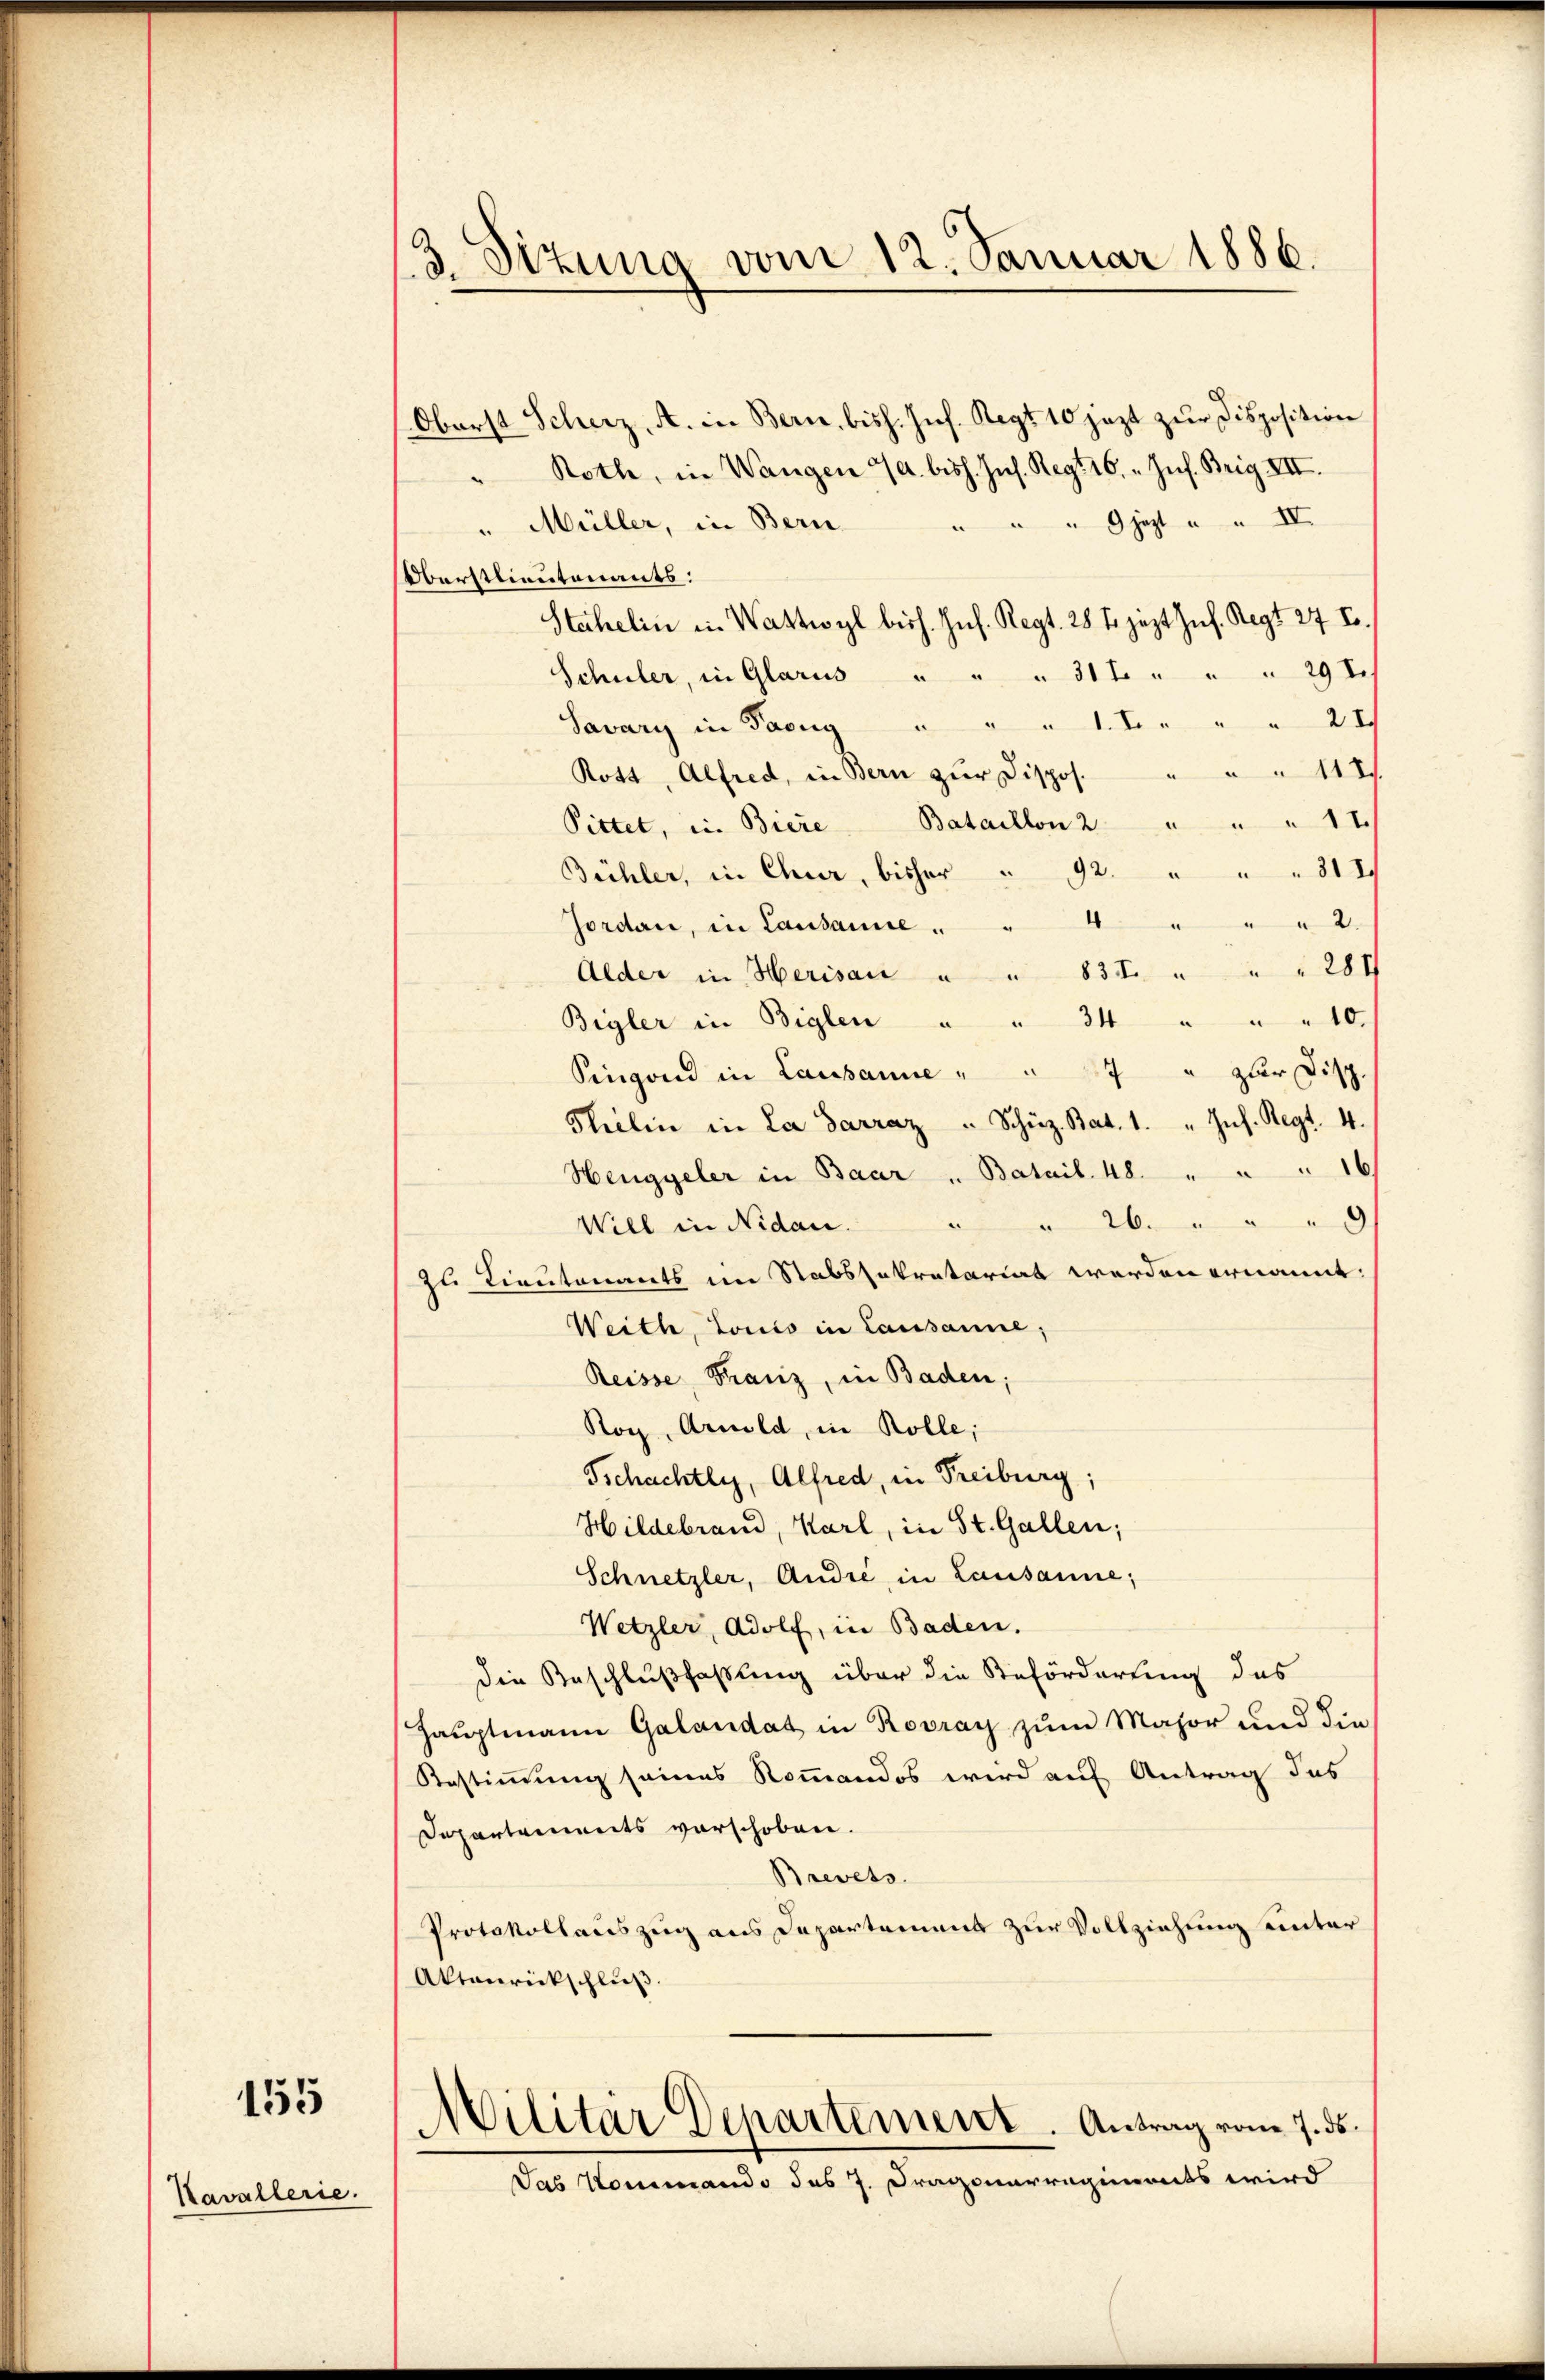
155

Kavallerie.

3. Sizung vom 12. Januar 1886.

(Oberst Scherz, A. in Bern, bish. Inf. Regt 10 jezt zur Disposition
" Rothe, in Wangen 4. biss. Ins. Regt 16. „Inf. Brig VII.
" Müller, in Bern " " " 9 jezt " " IV.
Oberstlieutenants:
Stahelin in Wattwyl bish. Ins. Regt. 28 t jezt Jul. Regt 27 t.
Schuler, in Glarus " " " 314 " " " 29 Sch
Savary in Pacug " " " 1. I. " " " 21
Rott, Alfred, in Bern zŭr Dispos. " " " 111.
Pittet, in Biere Bataillon 2 " " " 11.
Bühler, in Chur, bisher " 92. " " " 312
Jordan, in Lausanice " " 4 " " " 2
Alder in Herisau " " 83 I. " " " 281
Bigler in Beglen " " 34 " " " 10.
Singend in Lausanne " " 7 " zur Disp.
Thelin in La Sarraz " Schüz Rat. 1. " Jnf. Regt. 4.
Henggeler in Baar " Batail. 48. " " " 16
d
" 26. " " " 9
Wiel in Nidau.
zu Lieutenants im Stabssekretariat werden ernannt:
Weith, Louis in Lausanne;
Reisse, Franz, in Baden
Roy, Arnold, in Rolle,
Tschachtli, Alfred, in Freiburg;
Hildebrand, Karl, in St. Gallen;
Schnetzler, André in Lausanne;
Wetzler, Adolf, in Baden.
die Beschlußfaßung über die Beförderung des
Hauptmann Galandat in Rovray zum Major und die
Bestimmung seines Kommandos wird auf Antrag des
Departenweits vorschoben.
Brevets.
Protokollauszug aus Departemens zur Vollziehung unter
Aktaurickschluß.
Militär Departement. Antrag vom 7. ds.
Jas Kommando des J. Dragonarregiments wird